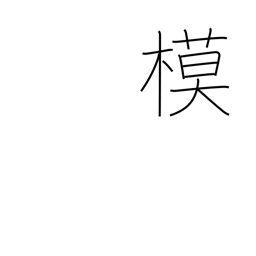
Meaning: mock